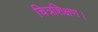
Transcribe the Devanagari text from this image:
चित्रशिक्षण।